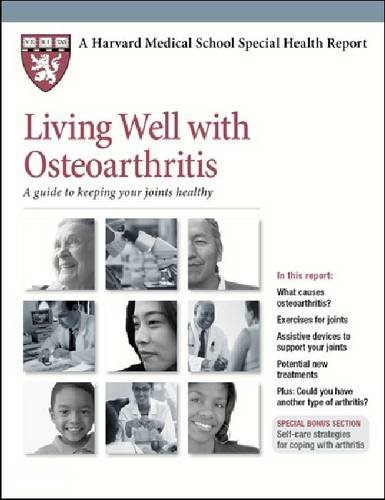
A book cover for Living Well With Osteoarthritis: A Guide to Keeping Your Joints Healthy (Harvard Medical School Special Health Reports); Education & Teaching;